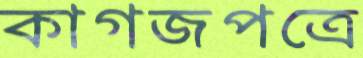
কাগজপত্রে